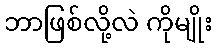
ဘာဖြစ်လို့လဲ ကိုမျိုး